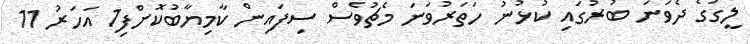
ލީގުގެ ދެވަނަ ބުރުގައި ކުޅުނު ހަތަރުވަނަ މެޗުވެސް ސިފައިން ކާމިޔާބުކޮށްފި1 އަހަރު 11